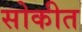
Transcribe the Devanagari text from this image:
सोकीत